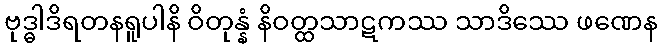
ဗုဒ္ဓါဒိရတနရူပါနိ ဝိတုန္နံ နိဝတ္ထသာဋကဿ သာဒိဿေ ဖဏေန